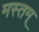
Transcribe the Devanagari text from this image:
मस्तम्